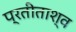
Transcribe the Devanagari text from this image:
प्रतीताश्व